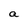
Character: a